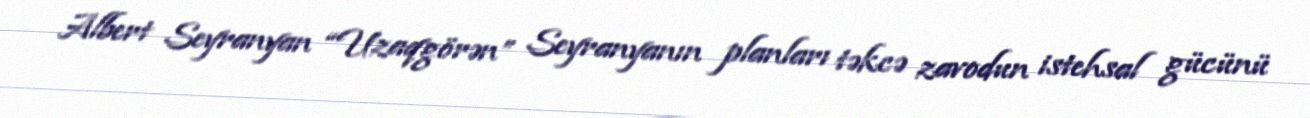
Albert Seyranyan “Uzaqgörən” Seyranyanın planları təkcə zavodun istehsal gücünü